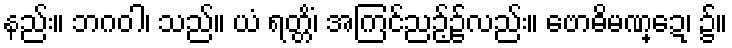
နည်း။ ဘဂဝါ၊ သည်။ ယံ ရတ္တိံ၊ အကြင်ညဉ့်၌လည်း။ ဗောဓိမဏ္ဍေ၊ ၌။